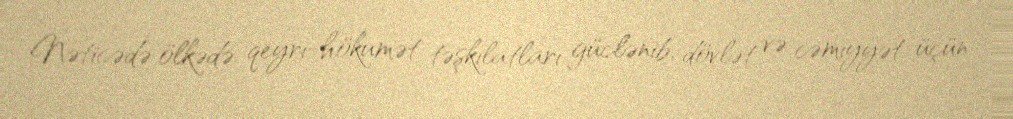
Nəticədə ölkədə qeyri-hökumət təşkilatları güclənib, dövlət və cəmiyyət üçün